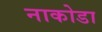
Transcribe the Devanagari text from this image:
नाकोडा